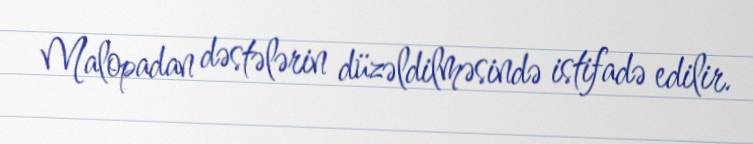
Malopadan dəstələrin düzəldilməsində istifadə edilir.